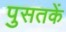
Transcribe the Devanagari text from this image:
पुसतकें